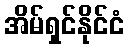
အိမ်ရှင်နိုင်ငံ